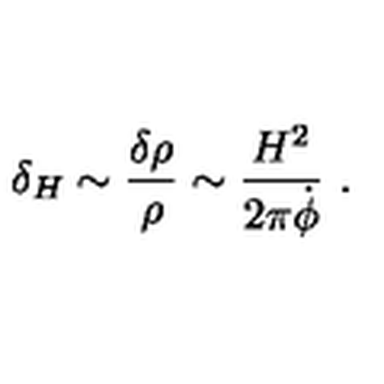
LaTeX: \delta _ { H } \sim \frac { \delta \rho } { \rho } \sim { \frac { H ^ { 2 } } { 2 \pi \dot { \phi } } } \ .